Report on enteric fever
Disease focus: Fever
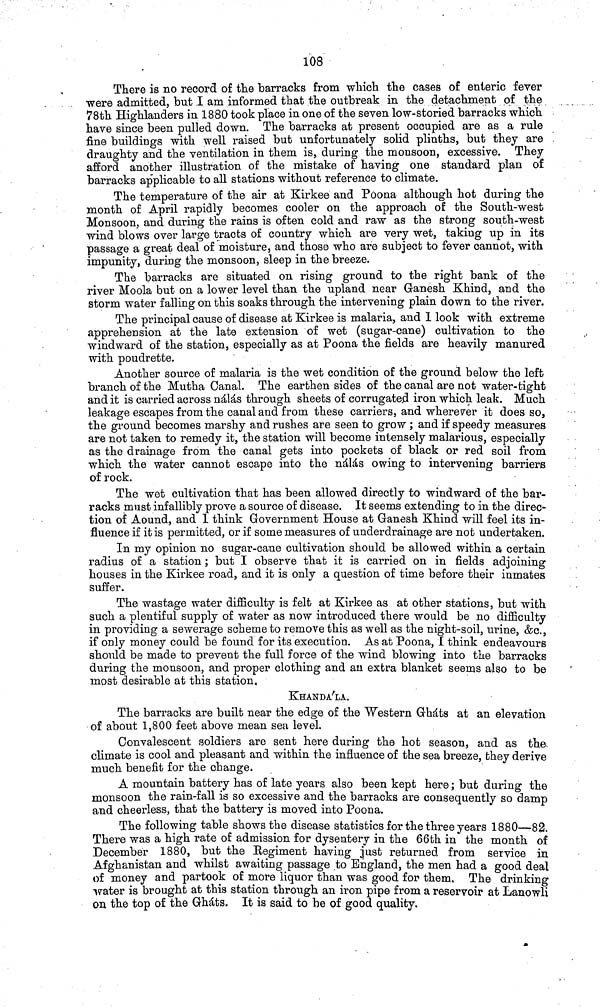
108
There is no record of the barracks from which the cases of enteric fever
were admitted, but I am informed that the outbreak in the detachment of the
78th Highlanders in 1880 took place in one of the seven low storied barracks which
have since been pulled down. The barracks at present occupied are as a rule
fine buildings with well raised but unfortunately solid plinths, but they are
draughty and the ventilation in them is, during the monsoon, excessive. They
afford another illustration of the mistake of having one standard plan of
barracks applicable to all stations without reference to climate.
The temperature of the air at Kirkee and Poona although hot during the
month of April rapidly becomes cooler on the approach of the South west
Monsoon, and during the rains is often cold and raw as the strong south west
wind blows over large tracts of country which are very wet, taking up in its
passage a great deal of moisture, and those who are subject to fever cannot, with
impunity, during the monsoon, sleep in the breeze.
The barracks are situated on rising ground to the right bank of the
river Moola but on a lower level than the upland near Ganesh Khind, and the
storm water falling on this soaks through the intervening plain down to the river.
The principal cause of disease at Kirkee is malaria, and 1 look with extreme
apprehension at the late extension of wet (sugar cane) cultivation to the
windward of the station, especially as at Poona the fields are heavily manured
with poudrette.
Another source of malaria is the wet condition of the ground below the left
branch of the Mutha Canal. The earthen sides of the canal are not water tight
and it is carried across nálás through sheets of corrugated iron which leak. Much
leakage escapes from the canal and from these carriers, and wherever it does so,
the ground becomes marshy and rushes are seen to grow ; and if speedy measures
are not taken to remedy it, the station will become intensely malarious, especially
as the drainage from the canal gets into pockets of black or red soil from
which the water cannot escape into the nálás owing to intervening barriers
of rock.
The wet cultivation that has been allowed directly to windward of the bar-
racks must infallibly prove a source of disease. It seems extending to in the direc-
tion of Aound, and 1 think Government House at Ganesh Khind will feel its in-
fluence if it is permitted, or if some measures of underdrainage are not undertaken.
In my opinion no sugar cane cultivation should be allowed within a certain
radius of a station; but 1 observe that it is carried on in fields adjoining
houses in the Kirkee road, and it is only a question of time before their inmates
suffer.
The wastage water difficulty is felt at Kirkee as at other stations, but with
such a plentiful supply of water as now introduced there would be no difficulty
in providing a sewerage scheme to remove this as well as the night soil, urine, &c.,
if only money could be found for its execution. As at Poona, I think endeavours
should be made to prevent the full force of the wind blowing into the barracks
during the monsoon, and proper clothing and an extra blanket seems also to be
most desirable at this station,
KHANDA'LA.
The barracks are built near the edge of the Western Gháts at an elevation
of about 1,800 feet above mean sea level.
Convalescent soldiers are sent here during the hot season, and as the
climate is cool and pleasant and within the influence of the sea breeze, they derive
much benefit for the change.
A mountain battery has of late years also been kept here; but during the
monsoon the rain fall is so excessive and the barracks are consequently so damp
and cheerless, that the battery is moved into Poona.
The following table shows the disease statistics for the three years 1880 82.
There was a high rate of admission for dysentery in the 66th in the month of
December 1880, but the Regiment having just returned from service in
Afghanistan and whilst awaiting passage to England, the men had a good deal
of money and partook of more liquor than was good for them. The drinking
water is brought at this station through an iron pipe from a reservoir at Lanowli
on the top of the Gháts. It is said to be of good quality.